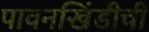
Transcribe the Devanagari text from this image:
पावनखिंडीची